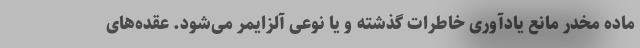
ماده مخدر مانع یادآوری خاطرات گذشته و یا نوعی آلزایمر می‌شود. عقده‌های